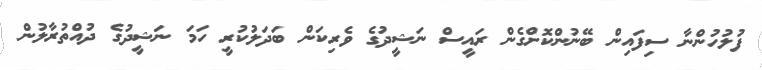
ފުލުހުންނާ ސިފައިން ބޭނުންކޮށްގެން ރައީސް ނަޝީދުގެ ވެރިކަން ބަދަލުކުރީ ހަމަ ނަޝީދުގެ ދުއްތުރާލުން